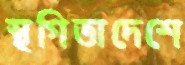
স্থগিতাদেশে